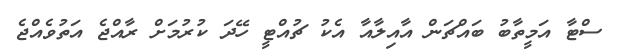
ސްޓާ އަމީތާބު ބައްޗަން އާއިލާއާ އެކު ޗުއްޓީ ހޭދަ ކުރުމަށް ރާއްޖެ އަތުވެއްޖެ